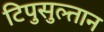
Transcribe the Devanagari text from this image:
टिपुसुल्तान